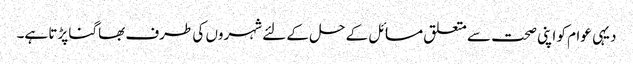
دیہی عوام کو اپنی صحت سے متعلق مسائل کے حل کے لئے شہروں کی طرف بھاگنا پڑتا ہے۔